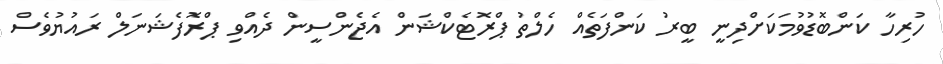
ހުރިހާ ކަންބޮޑުވުމަކަށްދިނީ ބީރު ކަންފަތެއް ހެލްތު ޕްރޮޓެކްޝަން އެޖެންސީން ދެއްވި ޕްރޮފެޝަނަލް ރައުޔުވެސް